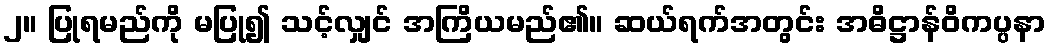
၂။ ပြုရမည်ကို မပြု၍ သင့်လျှင် အကြိယမည်၏။ ဆယ်ရက်အတွင်း အဓိဋ္ဌာန်ဝိကပ္ပနာ